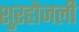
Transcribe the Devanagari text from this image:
शुरहोजली